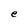
Character: e